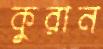
কুরান